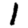
Digit: 1